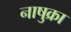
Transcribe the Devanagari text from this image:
नाषुक्रा